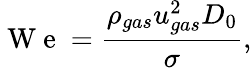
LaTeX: \mathrm{~W~e~}=\frac{\rho_{gas}u_{gas}^{2}D_{0}}{\sigma},